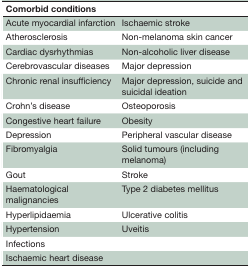
<table><thead><tr><td colspan="2"><b>Comorbid conditions</b></td></tr></thead><tbody><tr><td>Acute myocardial infarction</td><td>Ischaemic stroke</td></tr><tr><td>Atherosclerosis</td><td>Non-melanoma skin cancer</td></tr><tr><td>Cardiac dysrhythmias</td><td>Non-alcoholic liver disease</td></tr><tr><td>Cerebrovascular diseases</td><td>Major depression</td></tr><tr><td>Chronic renal insufficiency</td><td>Major depression, suicide and suicidal ideation</td></tr><tr><td>Crohn’s disease</td><td>Osteoporosis</td></tr><tr><td>Congestive heart failure</td><td>Obesity</td></tr><tr><td>Depression</td><td>Peripheral vascular disease</td></tr><tr><td>Fibromyalgia</td><td>Solid tumours (including melanoma)</td></tr><tr><td>Gout</td><td>Stroke</td></tr><tr><td>Haematological malignancies</td><td>Type 2 diabetes mellitus</td></tr><tr><td>Hyperlipidaemia</td><td>Ulcerative colitis</td></tr><tr><td>Hypertension</td><td>Uveitis</td></tr><tr><td>Infections</td><td></td></tr><tr><td>Ischaemic heart disease</td><td></td></tr></tbody></table>